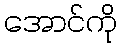
အောင်ကို